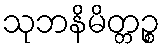
သုဘနိမိတ္တဉ္စ